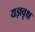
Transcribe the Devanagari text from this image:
यज्ञवृक्ष